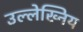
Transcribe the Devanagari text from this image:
उल्लेख्निय